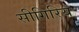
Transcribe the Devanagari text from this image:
सीगिरिय